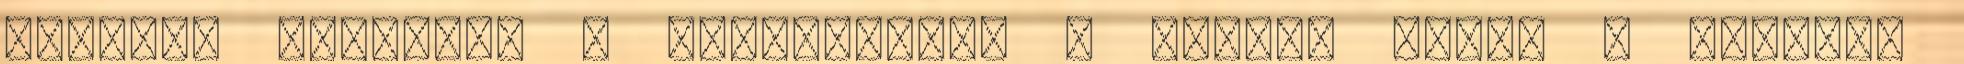
mindkét oldalon. A „győzelmet” a magyar tömeg a Himnusz